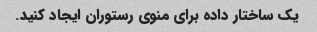
یک ساختار داده برای منوی رستوران ایجاد کنید.